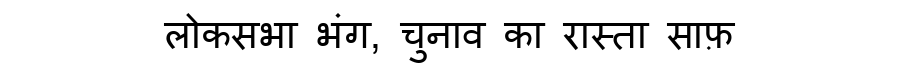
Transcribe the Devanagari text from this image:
लोकसभा भंग, चुनाव का रास्ता साफ़